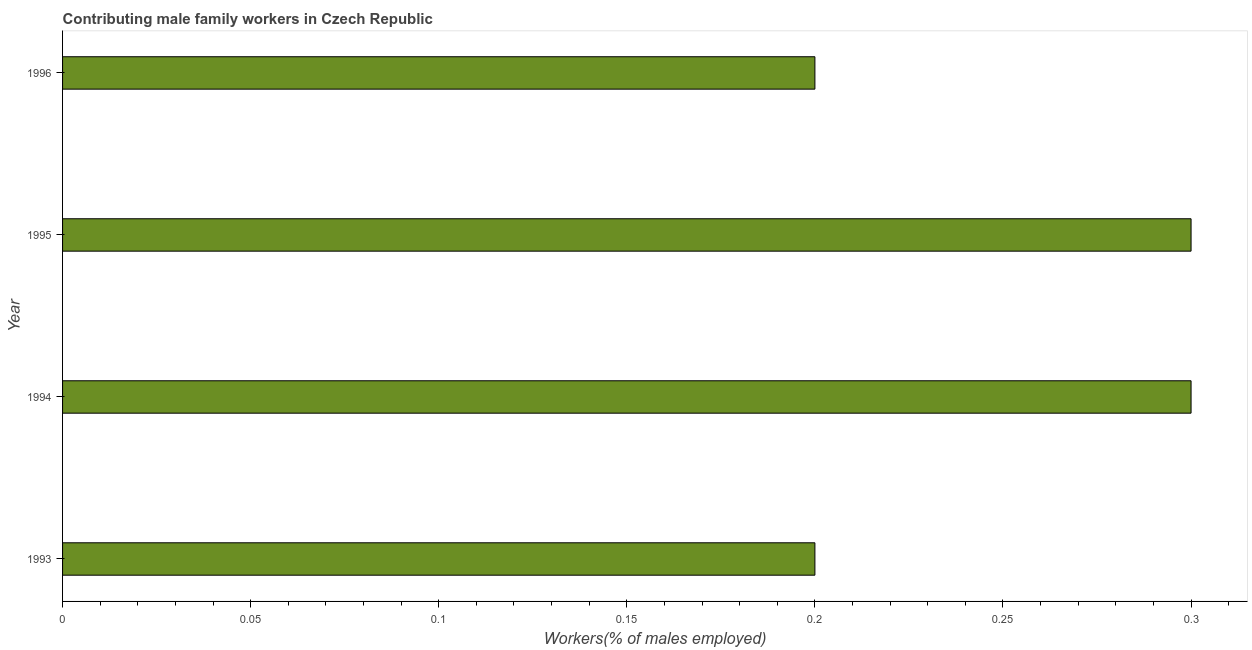
| Year | Contributing family workers |
 | --- | --- |
 | 1993 | 0.2 |
 | 1994 | 0.3 |
 | 1995 | 0.3 |
 | 1996 | 0.2 |